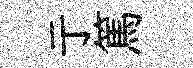
亍篤